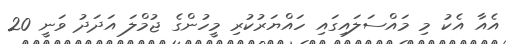
އެއާ އެކު މި މައްސަލައިގައި ހައްޔަރުކުރި މީހުންގެ ޖުމްލަ އަދަދު ވަނީ 20